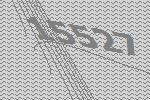
15527